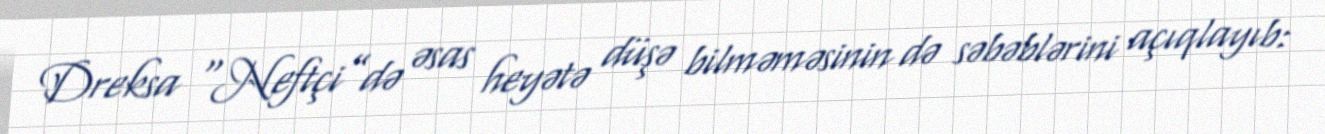
Dreksa “Neftçi”də əsas heyətə düşə bilməməsinin də səbəblərini açıqlayıb: